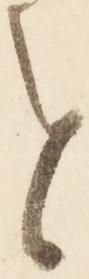
せ